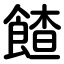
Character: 餷